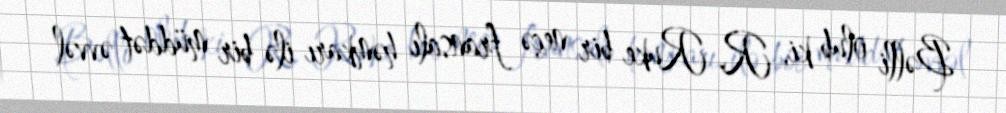
Bəlli olub ki, R. Ruke bir neçə fransalı həmkarı ilə bir müddət əvvəl